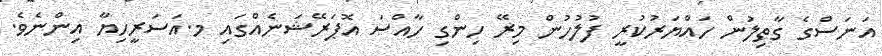
އަނަސްގެ ގާތިލުން ހައްޔަރުކުރީ ފުލުހުން މިރޭ ހިންގި ހާއްސަ އޮޕަރޭޝަނެއްގައި މ.އަސަރީހިޔާ އިންނެވެ.